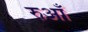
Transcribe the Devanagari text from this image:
रुआँ